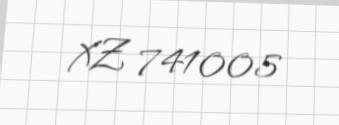
XZ 741005